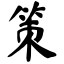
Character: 策